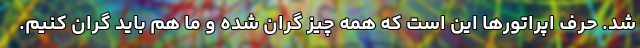
شد. حرف اپراتورها این است که همه چیز گران شده و ما هم باید گران کنیم.